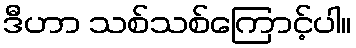
ဒီဟာ သစ်သစ်ကြောင့်ပါ။